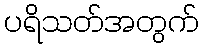
ပရိသတ်အတွက်